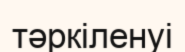
тәркіленуі